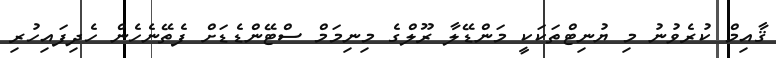
ޤާއިމް ކުރެވުނު މި ޔުނިޓްތަކަކީ މަންޑޭލާ ރޫލްގެ މިނިމަމް ސްޓޭންޑެޑަށް ފެތޭނެހެން ހެދިފައިހުރި